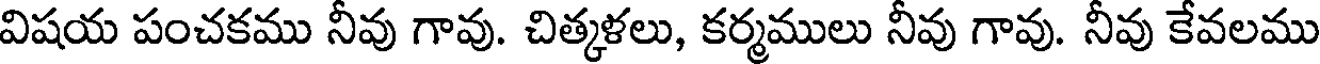
విషయ పంచకము నీవు గావు. చిత్కళలు, కర్మములు నీవు గావు. నీవు కేవలము